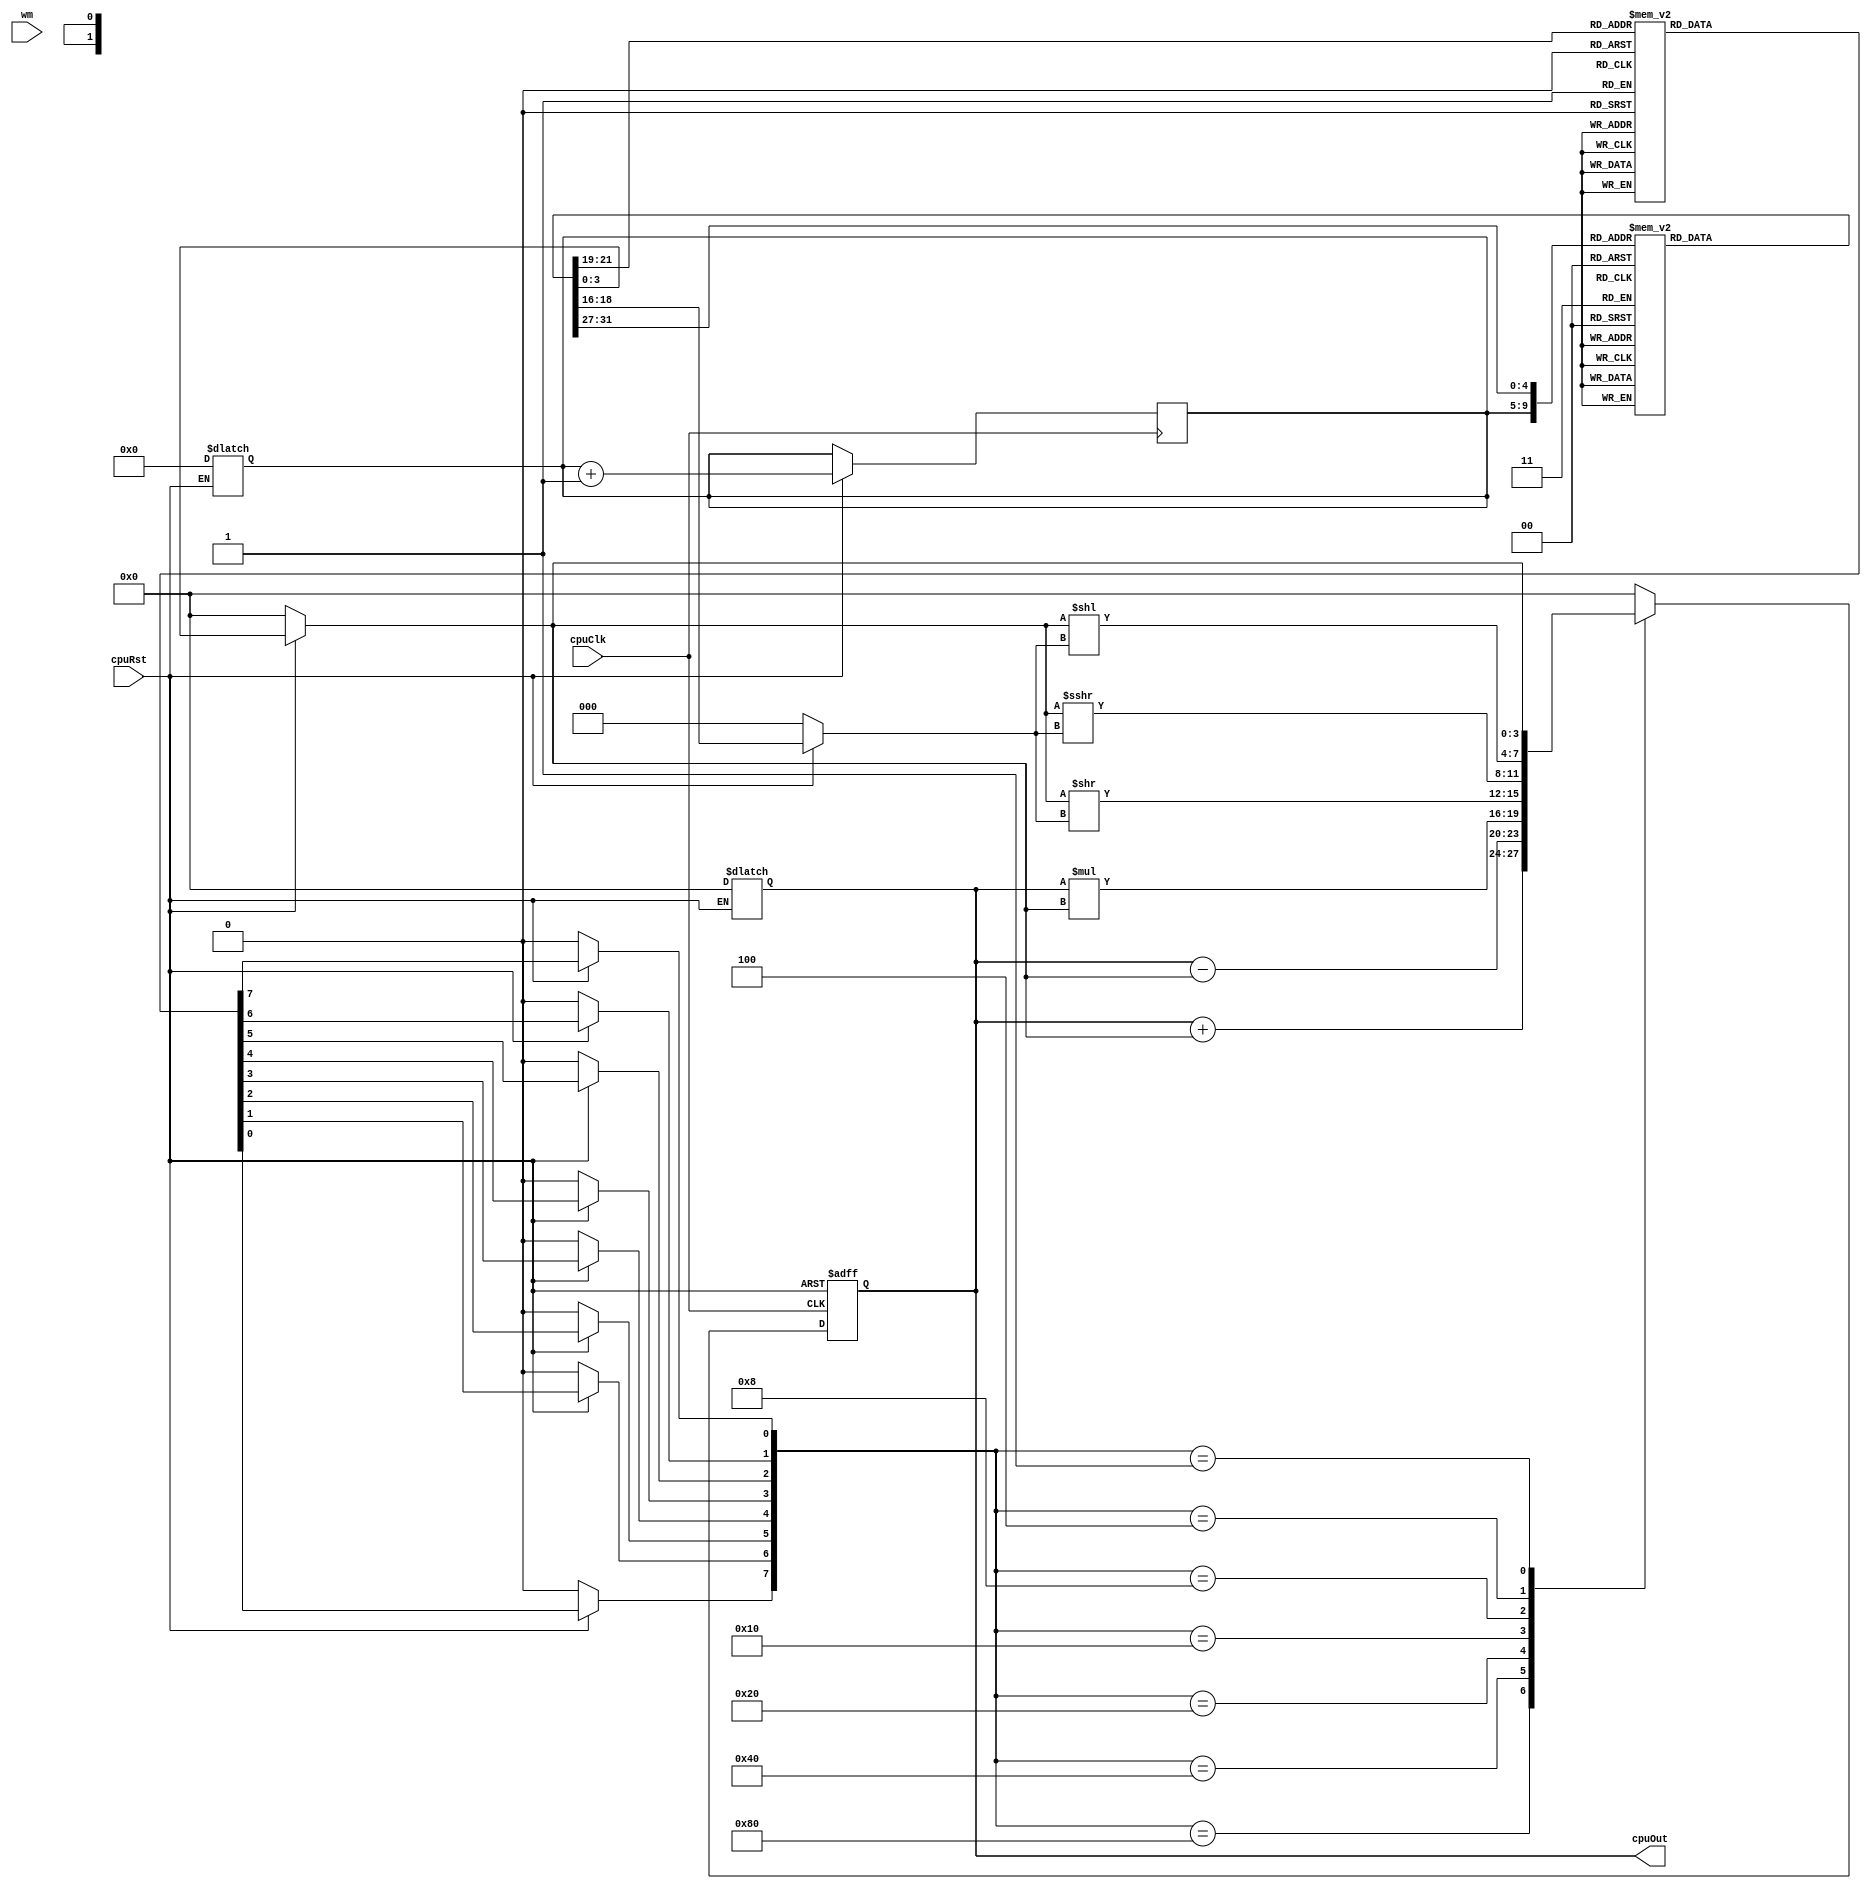
// ACCUMULATOR BASED CPU DESIGN - 0.01

module CPUACC #(parameter W = 4)(
  // Global Signals
  input cpuClk,
  input cpuRst,
  input wm,
  // Output 
  output [W-1 : 0] cpuOut
); 
  
// CPU Register instantiation 
  // 32 locations deep 16 bits wide
  reg [15:0] mem [0:31]; 
  reg [3:0] ACC; // Accumulator register 
  reg [31:0] IR; // Instruction Register 
  reg [3:0] A; // Value 1
  
  reg OF;  // To handle Overflow (Simple Flag)
  reg [4:0] PC; // Program Counter
 
  
  // Instruction Deocode Stage
  reg [2:0] opcode; // Opcode
  reg [4:0] SA0; // Source Address
  reg [4:0] DA0; // Destination Address
  reg [2:0] Sa; // Shift amount
  
  // Decode Signals
  reg add, sub, mul, srl, sra, sll, nul, ld; 
  
  always @ (*)
    begin
      if (~cpuRst) 
        begin
          opcode = 3'b111; // Defaults to load A 
          // Clears the remaining values
          SA0 = 0; 
          DA0 = 0;
          Sa  = 0; 
          PC  = 0;  
          add = 0;
          sub = 0; 
          mul = 0; 
          srl = 0; 
          sra = 0; 
          sll = 0; 
          nul = 0; 
          ld  = 0; 
          A = 0; 
          ACC = 0; 
        end
      else 
        begin

          // Decode
          IR     = mem[PC]; 
          opcode = IR[5:3]; 
          Sa     = IR[2:0]; 
          SA0    = IR[15:11]; 
          DA0   = IR[10:6];      
          
          // Fetch 
          A = mem[SA0]; 
          
          case (opcode) 
               3'b000 : begin
                  add = 1;
                  sub = 0; 
                  mul = 0; 
                  srl = 0; 
                  sra = 0; 
                  sll = 0; 
                  nul = 0; 
                  ld  = 0; 
        
               end
              3'b001 : begin
                  add = 0;
                  sub = 1; 
                  mul = 0; 
                  srl = 0; 
                  sra = 0; 
                  sll = 0; 
                  nul = 0; 
                  ld  = 0; 
         
              end
              3'b010 : begin
                  add = 0;
                  sub = 0; 
                  mul = 1; 
                  srl = 0; 
                  sra = 0; 
                  sll = 0; 
                  nul = 0; 
                  ld  = 0; 
        
              end
              3'b011 : begin
                  add = 0;
                  sub = 0; 
                  mul = 0; 
                  srl = 1; 
                  sra = 0; 
                  sll = 0; 
                  nul = 0; 
                  ld  = 0; 
           
              end
              3'b100 : begin
                  add = 0;
                  sub = 0; 
                  mul = 0; 
                  srl = 0; 
                  sra = 1; 
                  sll = 0; 
                  nul = 0; 
                  ld  = 0; 
           
              end
              3'b101 : begin
                  add = 0;
                  sub = 0; 
                  mul = 0; 
                  srl = 0; 
                  sra = 0; 
                  sll = 1; 
                  nul = 0; 
                  ld  = 0; 
           
              end
              3'b110 : begin
                  add = 0;
                  sub = 0; 
                  mul = 0; 
                  srl = 0; 
                  sra = 0; 
                  sll = 0; 
                  nul = 1; 
                  ld  = 0; 
              
              end
              3'b111 : begin
                  add = 0;
                  sub = 0; 
                  mul = 0; 
                  srl = 0; 
                  sra = 0; 
                  sll = 0; 
                  nul = 0; 
                  ld  = 1; 
                  
              end
          endcase
        end
    end
  
  // Output Logic - Execute
  
  always @ (posedge cpuClk or negedge cpuRst)
    begin
      if (~cpuRst)
        begin
          ACC <= 0;
          IR  <= 0; 
        end 
      else 
        begin
          PC = PC + 1; 
          case({add, sub, mul, srl, sra, sll, nul, ld})
            8'b1000_0000 : {OF, ACC} <= ACC + A[3:0]; 
            8'b0100_0000 : {OF, ACC} <= ACC - A[3:0]; 
              8'b0010_0000 : ACC <= ACC * A[3:0]; 
              8'b0001_0000 : ACC <= A[3:0] >> Sa;
              8'b0000_1000 : ACC <= A[3:0] >>> Sa; 
              8'b0000_0100 : ACC <= A[3:0] << Sa; 
              8'b0000_0010 : ACC <= 0; 
              8'b0000_0001 : ACC <= A[3:0]; 
              default : ACC <= 0; 
          endcase
        end
    end
  
  // Drive
  
  assign cpuOut = ACC; // CPU output logic
  //assign mem[DA0] = wm  ? ACC : 0; // Writing data to memory 
            
endmodule